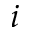
i